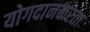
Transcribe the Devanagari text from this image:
योगदानकरता